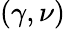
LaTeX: (\gamma,\nu)